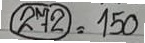
(272) = 150